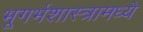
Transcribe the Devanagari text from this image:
भूगर्भशास्त्रामध्ये